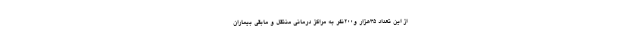
از این تعداد ٣٥هزار و٢٠٠نفر به مراکز درمانی منتقل و مابقی بیماران